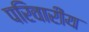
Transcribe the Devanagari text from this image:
परिवारीय